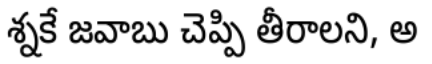
శ్నకే జవాబు చెప్పి తీరాలని, అ